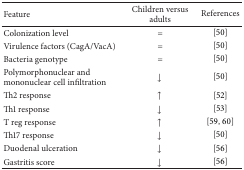
<table><thead><tr><td><b>Feature </b></td><td><b>Children versus adults</b></td><td><b> References</b></td></tr></thead><tbody><tr><td>Colonization level</td><td>=</td><td>[50]</td></tr><tr><td>Virulence factors (CagA/VacA)</td><td> =</td><td>[50]</td></tr><tr><td>Bacteria genotype</td><td>=</td><td>[50]</td></tr><tr><td>Polymorphonuclear and mononuclear cell infiltration</td><td>↓</td><td>[50]</td></tr><tr><td>Th2 response</td><td>↑</td><td>[52] </td></tr><tr><td>Th1 response</td><td>↓</td><td>[53]</td></tr><tr><td>T reg response</td><td>↑</td><td>[59, 60]</td></tr><tr><td>Th17 response</td><td>↓</td><td>[50]</td></tr><tr><td>Duodenal ulceration</td><td>↓</td><td>[56]</td></tr><tr><td>Gastritis score</td><td>↓</td><td>[56]</td></tr></tbody></table>